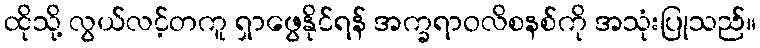
ထိုသို့ လွယ်လင့်တကူ ရှာဖွေနိုင်ရန် အက္ခရာဝလိစနစ်ကို အသုံးပြုသည်။